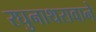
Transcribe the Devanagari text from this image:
रघुनाथरावाने